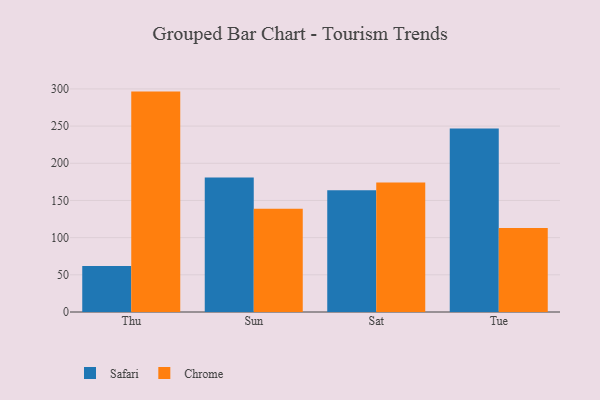
{"axis": {"x": "Day", "y": "Website Visitors"}, "legend": ["Chrome", "Safari"], "data": [{"x": "Thu", "y": 62.0, "type": "Safari"}, {"x": "Thu", "y": 296.4, "type": "Chrome"}, {"x": "Sun", "y": 180.9, "type": "Safari"}, {"x": "Sun", "y": 138.8, "type": "Chrome"}, {"x": "Sat", "y": 163.6, "type": "Safari"}, {"x": "Sat", "y": 174.1, "type": "Chrome"}, {"x": "Tue", "y": 246.7, "type": "Safari"}, {"x": "Tue", "y": 113.0, "type": "Chrome"}]}